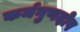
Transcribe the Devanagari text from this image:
कर्मगुणदोष